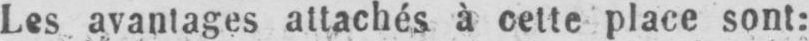
Les avantages attachés à cette place sont: